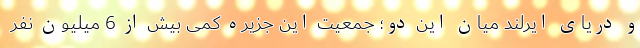
و دریای ایرلند میان این دو؛ جمعیت این جزیره کمی بیش از 6 میلیون نفر